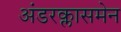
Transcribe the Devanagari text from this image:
अंडरक्लासमेन